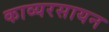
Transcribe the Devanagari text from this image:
काव्यरसायन